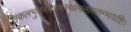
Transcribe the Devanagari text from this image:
सकलभुवनरङ्गस्थापनास्तम्भयष्टिः